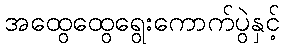
အထွေထွေရွေးကောက်ပွဲနှင့်